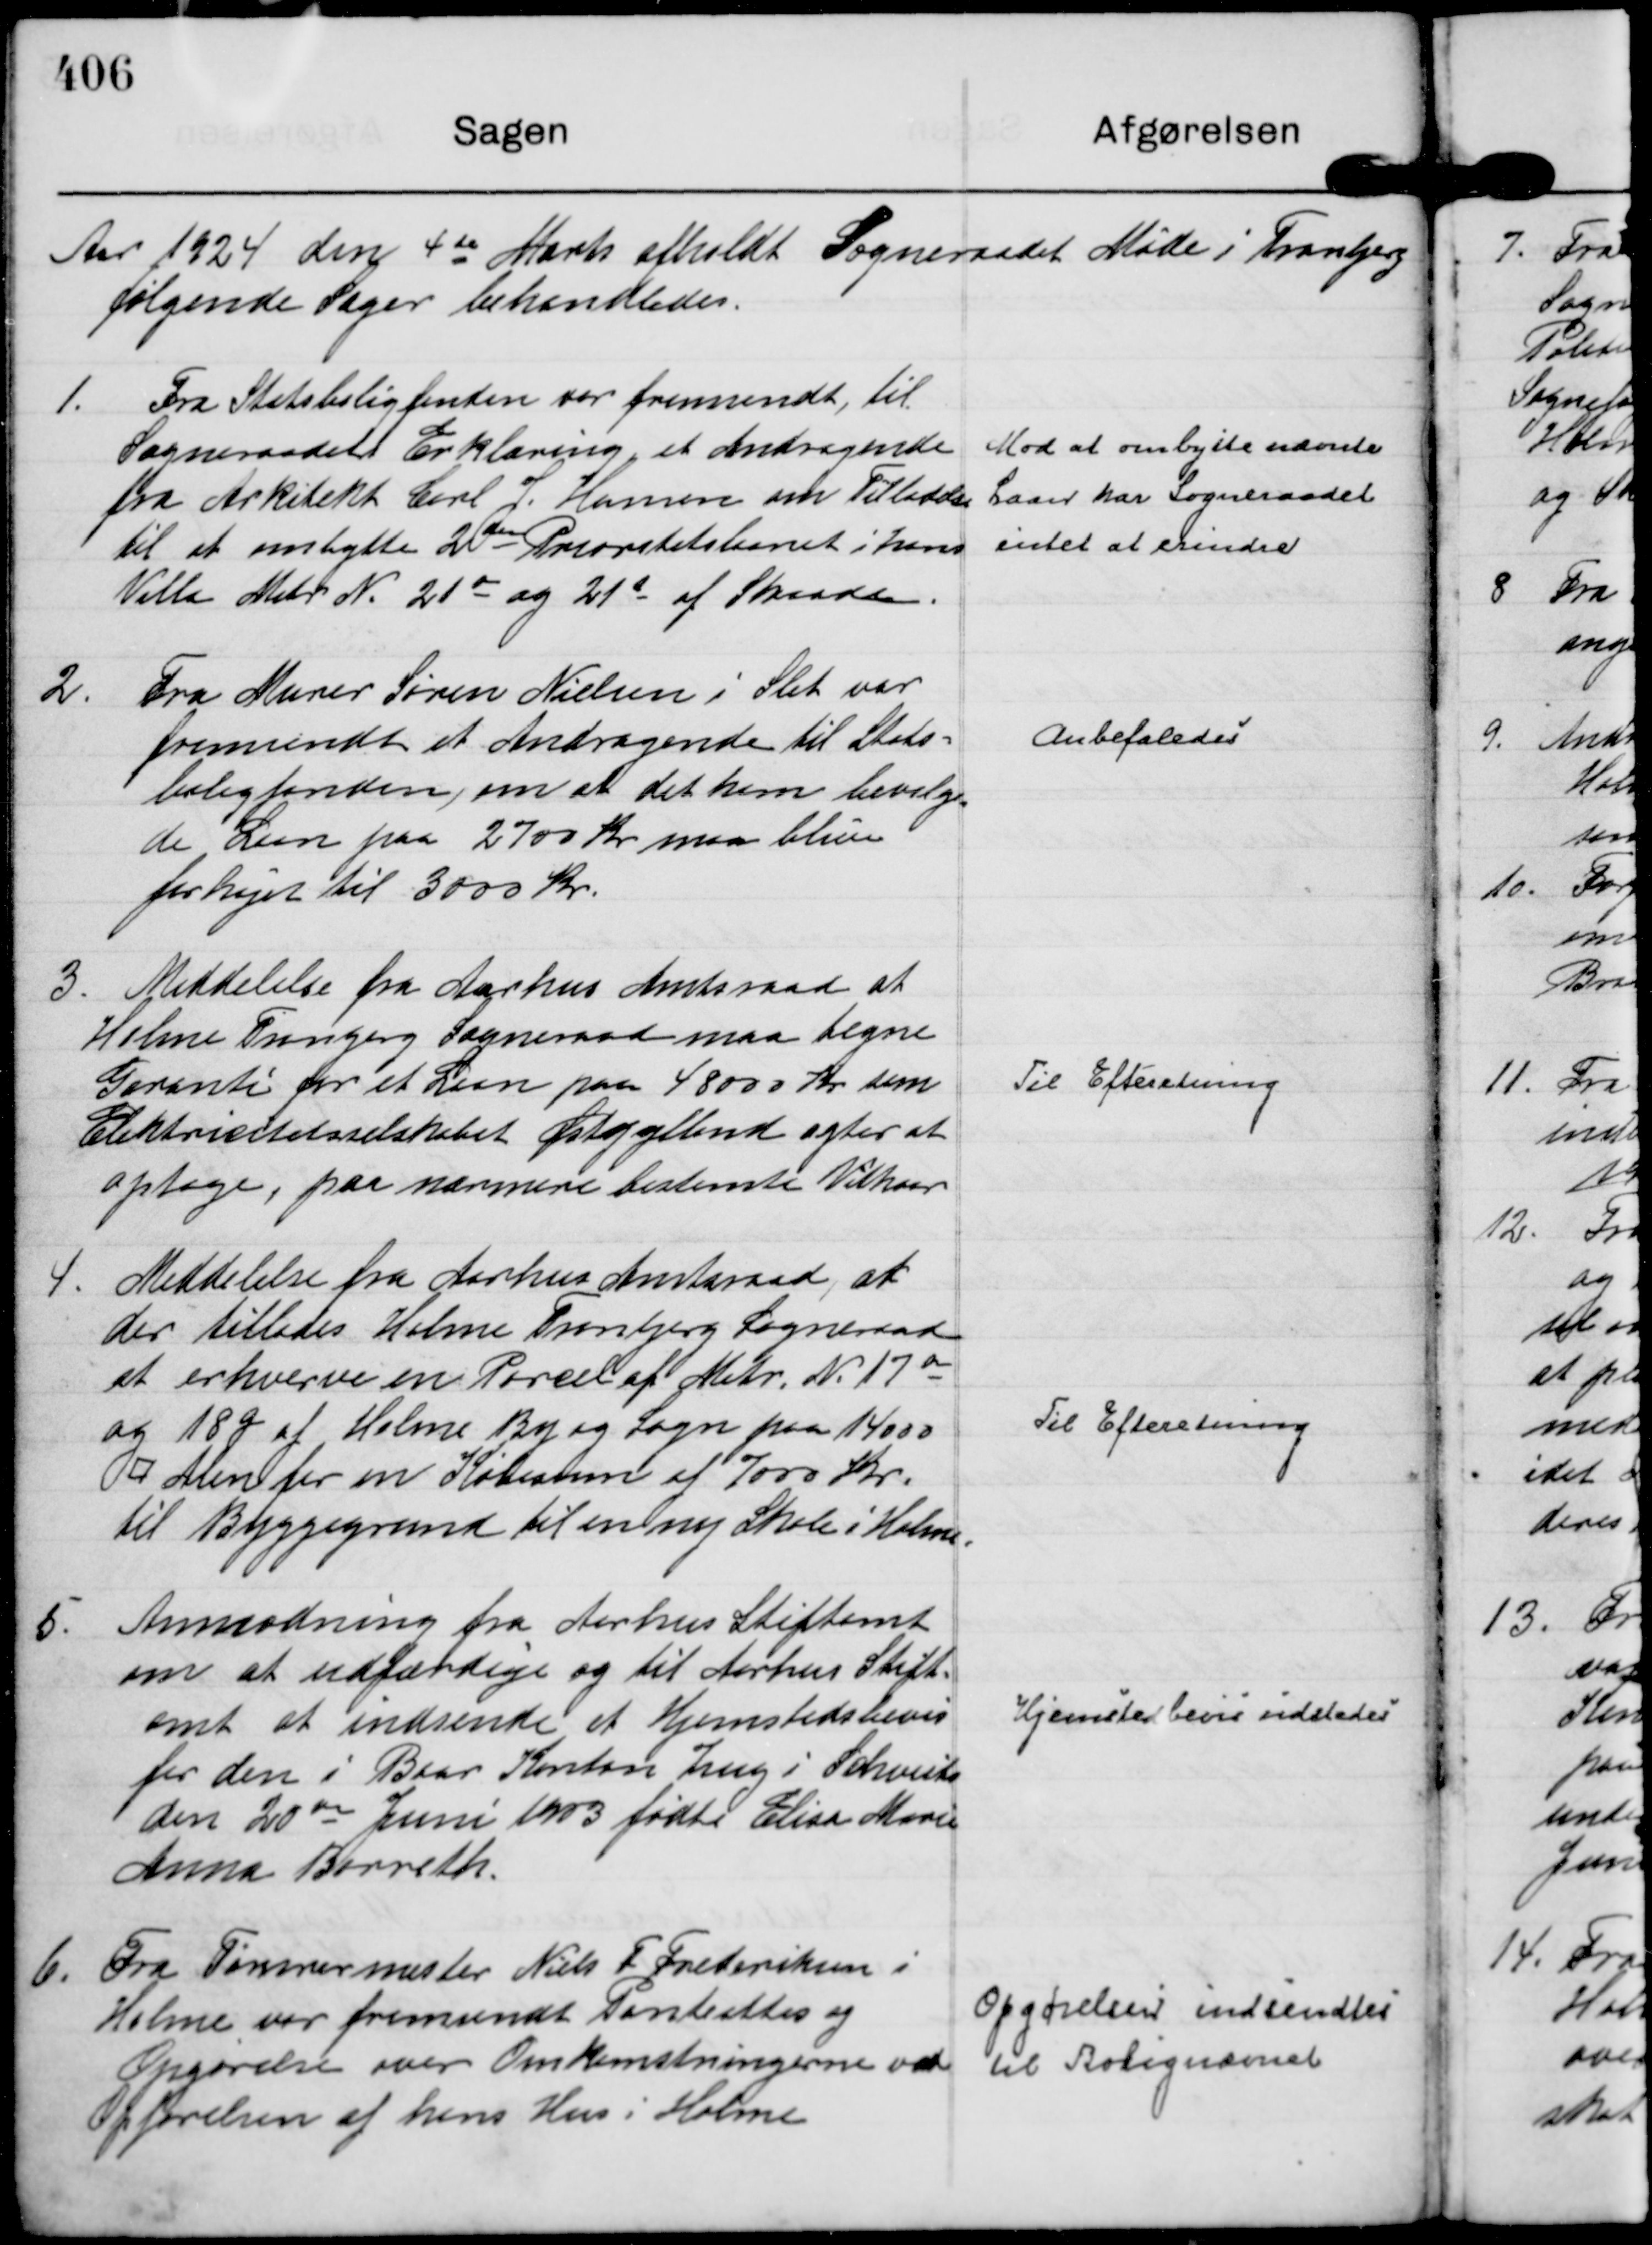
Transskription:
Aar 1924 den 4 de Marts afholdt Sogneraadet Møde i Tranbjerg
følgende Sager behandledes.

1.
Fra Statsboligfonden var fremsendt, til
Sogneraadets Erklæring, et Andragende
fra Arkitekt Carl J. Hansen om Tilladelse
til at ombytte 2 den Prioritetslaanet i hans
Villa Matr N. 21 o og 21 s af Skaade.

Mod at ombytte nævnte
Laan har Sogneraadet
intet at erindre

2.
Fra Murer Søren Nielsen i Slet var
fremsendt et Andragende til Stats=
boligfonden, om at det ham bevilge=
de Laan paa 2700 Kr maa blive
forhøjet til 3000 Kr.

Anbefaledes

3.
Meddelelse fra Aarhus Amtsraad at
Holme Trangerg Sogneraad maa tegne
Garanti for et Laan paa 48000 Kr som
Elektricitetsselskabet Østjylland agter at
optage, paa nærmere bestemte Vilkaar

Til Efteretning

4.
Meddelelse fra Aarhus Amtsraad, at
der tillades Holme Tranbjerg Sogneraad
at erhverve en Parcel af Matr. N. 17 a
og 18 g af Holme By og Sogn paa 14000
⁥ Alen for en Købesum af 7000 Kr.
til Byggegrund til en ny Skole i Holme.

Til Efteretning

5.
Anmodning fra Aarhus Stiftamt
om at udfærdige og til Aarhus Stift=
amt at indsende et Hjemstedsbevis
for den i Baar Kanton Zug i Schveits
den 20 de Juni 1903 fødte Elisa Marie
Anna Barreth.

Hjemstedsbevis udstedes

6.
Fra Tømrermester Niels F Frederiksen i
Holme var fremsendt Panteattes og
Opgørelse over Omkostningerne ved
Opførelsen af hans Hus i Holme

Opgørelsen indsendtes
til Bolignævnet